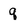
Character: q